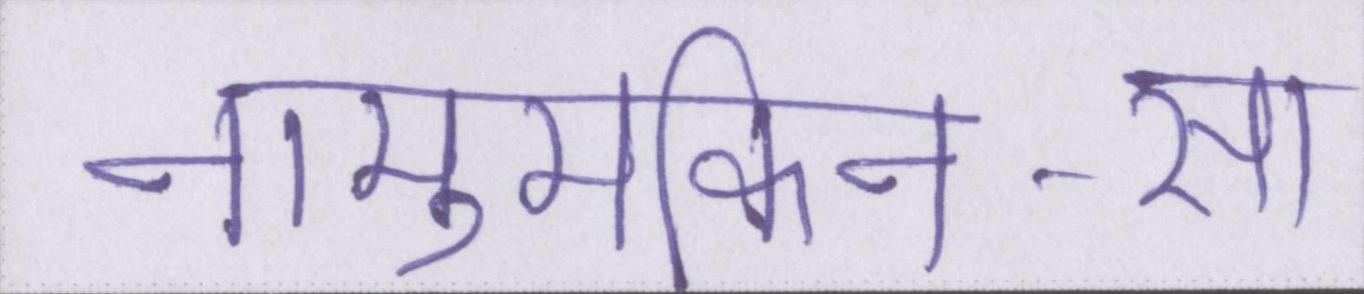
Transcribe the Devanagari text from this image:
नामुमकिन-सा